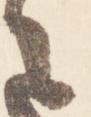
之